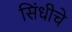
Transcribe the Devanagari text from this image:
सिंधीचे